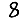
Digit: 8